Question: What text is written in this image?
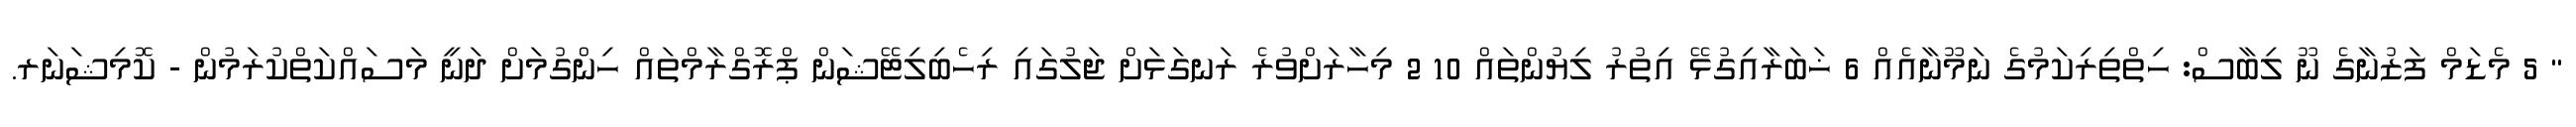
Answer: " 5 މެޑަމް ފަޒުނާގެ ނޫ ލިބާސް: ހިތްތިރިކަމުގެ ނަމޫނާއެއް 6 ޚަބަރާއިގުޅޭ އިތުރު ލިޔުންތައް 10 2 މިހާރަށްވުރެ ރަނގަޅަށް ޖަލުގައި ރިހެބިލިޓޭޝަން ޕްރޮގްރާމްތައް ހިންގުމަށް ދަނީ މަސައްކަތްކުރަމުން - ކޮމިޝަނަރ.